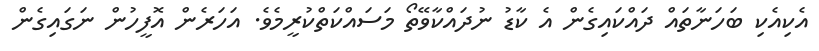
އެކިއެކި ބަހަނާތައް ދައްކައިގެން އެ ކާޑު ނުދައްކާވޭތޯ މަސައްކަތްކުރީމެވެ. އަހަރެން އޮފީހުން ނަގައިގެން